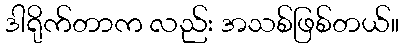
ဒါရိုက်တာက လည်း အသစ်ဖြစ်တယ်။